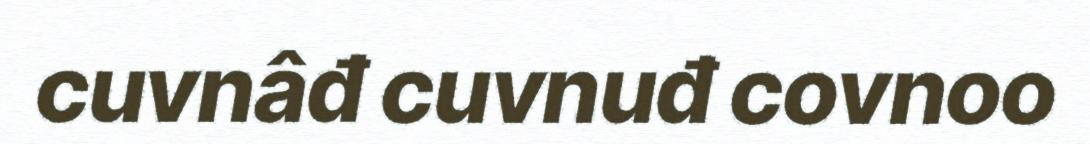
cuvnâđ cuvnuđ covnoo